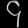
Digit: ၄